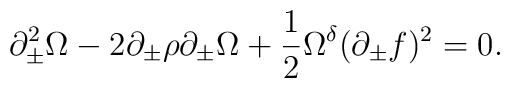
\partial_{\pm}^2 \Omega - 2 \partial_{\pm} \rho \partial_{\pm} \Omega+ \frac{1}{2} \Omega^{\delta} ( \partial_{\pm} f )^2 = 0.